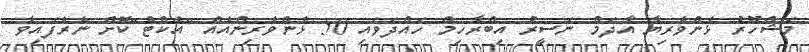
މަޝްހޫރު ޅެންވެރިޔާ އާދަމް ނަސީރު އިބްރާހިމް ހައްދަވައި 50 ޅެންވެރިންއެއް "އެކްޓް"ކޮށް ނެރެފައިވާ